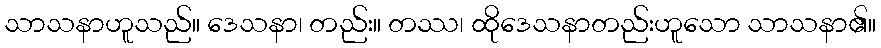
သာသနာဟူသည်။ ဒေသနာ၊ တည်း။ တဿ၊ ထိုဒေသနာတည်းဟူသော သာသနာ၏။